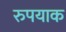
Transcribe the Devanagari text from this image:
रुपयाक